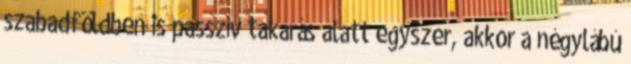
szabadföldben is passzív takarás alatt egyszer, akkor a négylábú